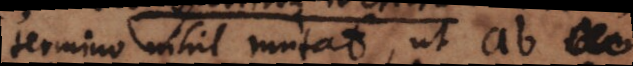
termino nihil mutat, ut ab